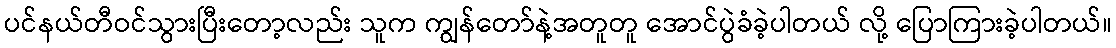
ပင်နယ်တီဝင်သွားပြီးတော့လည်း သူက ကျွန်တော်နဲ့အတူတူ အောင်ပွဲခံခဲ့ပါတယ် လို့ ပြောကြားခဲ့ပါတယ်။